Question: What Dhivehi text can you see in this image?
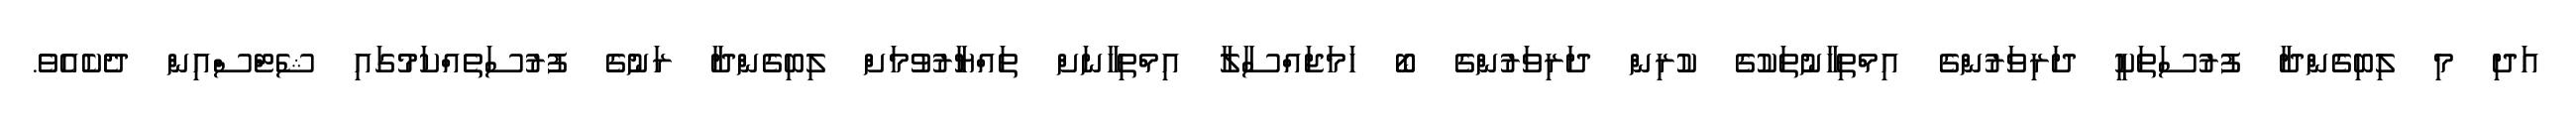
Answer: އަދި މި ލިބިގެންދާ ފުރުސަތަކީ ދަރިވަރުންގެ އިމްތިހާނުތަކުގެ ކުރިން ދަރިވަރުންގެ ބޯ ހަމަޖައްސާލާ އިމްތިހާނަށް ތައްޔާރުވުމަށް ލިބިގެންދާ ރަނުގެ ފުރުސަތެއްކަމުގައި ޝެޓްސްއިން ދެކެއެވެ.